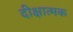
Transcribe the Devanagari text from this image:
दीक्षात्मक